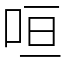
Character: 咺